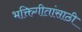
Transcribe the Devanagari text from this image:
भक्तिगीतांसाठी